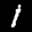
Label: 1